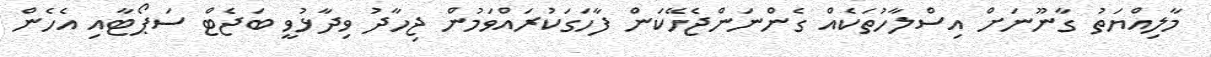
މާލިއްޔަތު ގާނޫނަށް އިސްލާހުތަކެއް ގެންނަންޖެހޭކަން ފާހަގަކުރައްވަމުން ޖިހާދު ވިދާޅުވީ ބަޖެޓް ސަޕޯޓާއި އެހެން